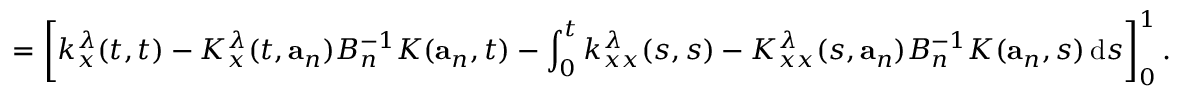
= \left[ k _ { x } ^ { \lambda } ( t , t ) - K _ { x } ^ { \lambda } ( t , \mathbf { a } _ { n } ) B _ { n } ^ { - 1 } K ( \mathbf { a } _ { n } , t ) - \int _ { 0 } ^ { t } k _ { x x } ^ { \lambda } ( s , s ) - K _ { x x } ^ { \lambda } ( s , \mathbf { a } _ { n } ) B _ { n } ^ { - 1 } K ( \mathbf { a } _ { n } , s ) \, \mathrm { d } s \right] _ { 0 } ^ { 1 } .